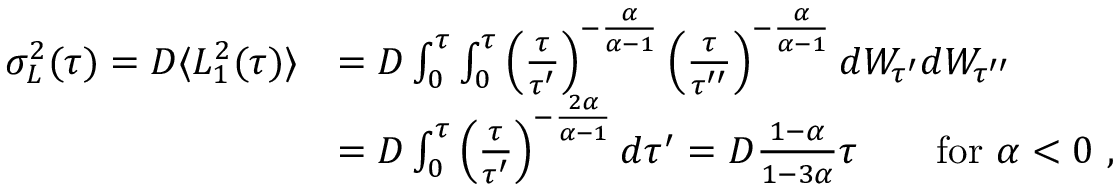
\begin{array} { r l } { \sigma _ { L } ^ { 2 } ( \tau ) = D \langle L _ { 1 } ^ { 2 } ( \tau ) \rangle } & { = D \int _ { 0 } ^ { \tau } \int _ { 0 } ^ { \tau } \left( \frac { \tau } { \tau ^ { \prime } } \right) ^ { - \frac { \alpha } { \alpha - 1 } } \left( \frac { \tau } { \tau ^ { \prime \prime } } \right) ^ { - \frac { \alpha } { \alpha - 1 } } d W _ { \tau ^ { \prime } } d W _ { \tau ^ { \prime \prime } } } \\ & { = D \int _ { 0 } ^ { \tau } \left( \frac { \tau } { \tau ^ { \prime } } \right) ^ { - \frac { 2 \alpha } { \alpha - 1 } } d \tau ^ { \prime } = D \frac { 1 - \alpha } { 1 - 3 \alpha } \tau \qquad \mathrm { f o r } \ \alpha < 0 \ , } \end{array}